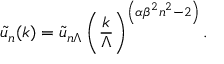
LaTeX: { \tilde { u } _ { n } ( k ) } = { \tilde { u } _ { n \Lambda } } \left( { \frac { k } { \Lambda } } \right) ^ { \left( \alpha { \beta ^ { 2 } } n ^ { 2 } - 2 \right) } .